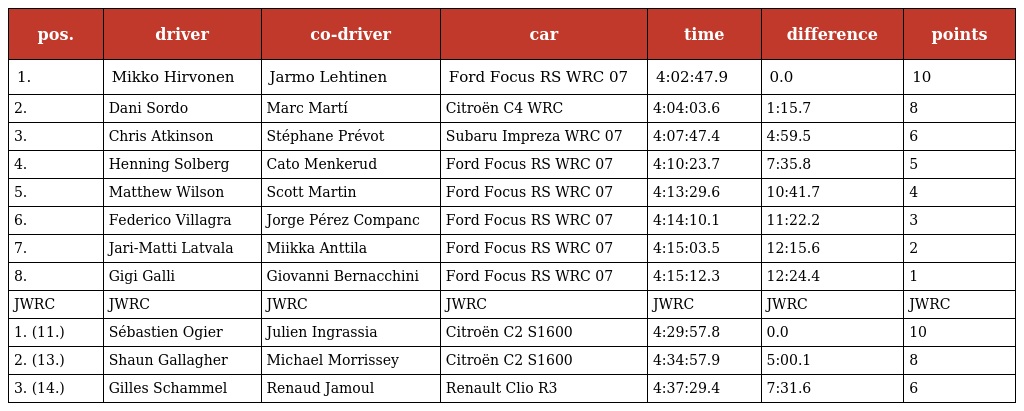
| pos. | driver | co-driver | car | time | difference | points |
 | --- | --- | --- | --- | --- | --- | --- |
 | 1. | Mikko Hirvonen | Jarmo Lehtinen | Ford Focus RS WRC 07 | 4:02:47.9 | 0.0 | 10 |
 | 2. | Dani Sordo | Marc Martí | Citroën C4 WRC | 4:04:03.6 | 1:15.7 | 8 |
 | 3. | Chris Atkinson | Stéphane Prévot | Subaru Impreza WRC 07 | 4:07:47.4 | 4:59.5 | 6 |
 | 4. | Henning Solberg | Cato Menkerud | Ford Focus RS WRC 07 | 4:10:23.7 | 7:35.8 | 5 |
 | 5. | Matthew Wilson | Scott Martin | Ford Focus RS WRC 07 | 4:13:29.6 | 10:41.7 | 4 |
 | 6. | Federico Villagra | Jorge Pérez Companc | Ford Focus RS WRC 07 | 4:14:10.1 | 11:22.2 | 3 |
 | 7. | Jari-Matti Latvala | Miikka Anttila | Ford Focus RS WRC 07 | 4:15:03.5 | 12:15.6 | 2 |
 | 8. | Gigi Galli | Giovanni Bernacchini | Ford Focus RS WRC 07 | 4:15:12.3 | 12:24.4 | 1 |
 | JWRC | JWRC | JWRC | JWRC | JWRC | JWRC | JWRC |
 | 1. (11.) | Sébastien Ogier | Julien Ingrassia | Citroën C2 S1600 | 4:29:57.8 | 0.0 | 10 |
 | 2. (13.) | Shaun Gallagher | Michael Morrissey | Citroën C2 S1600 | 4:34:57.9 | 5:00.1 | 8 |
 | 3. (14.) | Gilles Schammel | Renaud Jamoul | Renault Clio R3 | 4:37:29.4 | 7:31.6 | 6 |